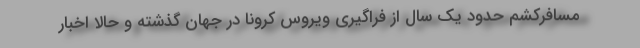
مسافرکشم حدود یک سال از فراگیری ویروس کرونا در جهان گذشته و حالا اخبار